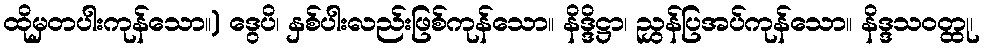
ထိုမှတပါးကုန်သော။) ဒွေပိ၊ နှစ်ပါးလည်းဖြစ်ကုန်သော။ နိဒ္ဒိဋ္ဌာ၊ ညွှန်ပြအပ်ကုန်သော။ နိဒ္ဒသဝတ္ထု၊